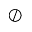
\oslash